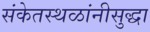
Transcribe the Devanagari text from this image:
संकेतस्थळांनीसुद्धा